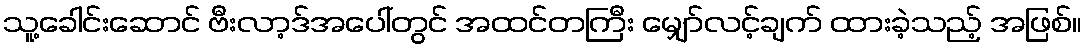
သူ့ခေါင်းဆောင် ဗီးလာ့ဒ်အပေါ်တွင် အထင်တကြီး မျှော်လင့်ချက် ထားခဲ့သည့် အဖြစ်။